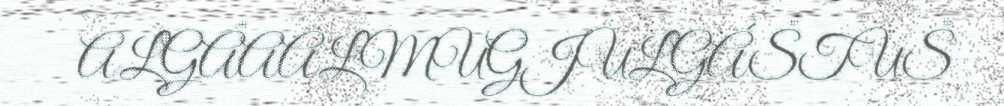
ALGÂAALMUGJULGÁŠTUŠ